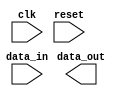
module fifo_buffer(
   input wire clk,
   input wire reset,
   input wire data_in,
   output wire data_out
);

// Timing control block
always @(posedge clk or posedge reset) begin
   if (reset) begin
      // Reset timing control
   end else begin
      // Handle data transfer timing
      // Ensure data is written and read in correct order
   end
end

// Synchronization block
always @(posedge clk or posedge reset) begin
   if (reset) begin
      // Reset synchronization
   end else begin
      // Ensure data is synchronized between clock domains
      // Prevent data loss or corruption
   end
end

endmodule